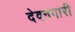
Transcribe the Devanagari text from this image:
देवनगारी